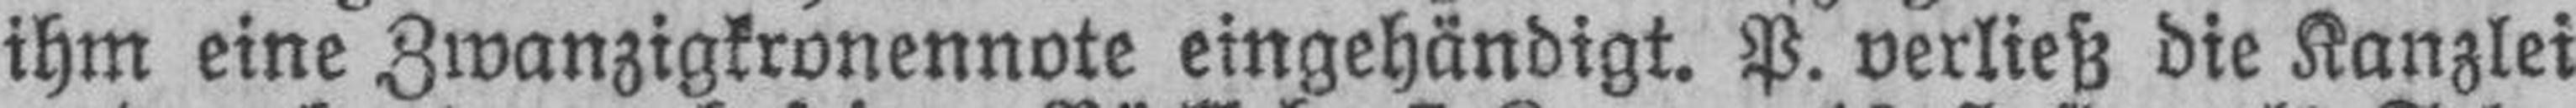
ihm eine Zwanzigkronennote eingehändigt. P. verließ die Kanzlei